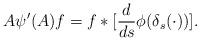
LaTeX: \begin{align*}A\psi'(A)f = f \ast [\frac{d}{ds}\phi(\delta_s (\cdot))].\end{align*}